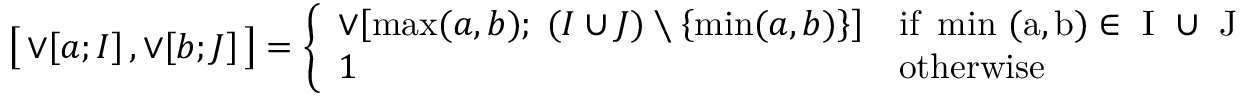
\bigl [ \, \mathop { \vee } \! \left[ a ; I \right] , \mathop { \vee } \! \left[ b ; J \right] \, \bigr ] = \left\{ \begin{array} { l l } { \mathop { \vee } \! \left[ \operatorname* { m a x } ( a , b ) ; \; ( I \cup J ) \setminus \left\lbrace \operatorname* { m i n } ( a , b ) \right\rbrace \right] } & { \mathrm { i f ~ \operatorname* { m i n } ~ ( a , b ) \in ~ I ~ \cup ~ J ~ } } \\ { 1 } & { \mathrm { o t h e r w i s e } } \end{array} \right.